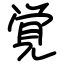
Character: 覚